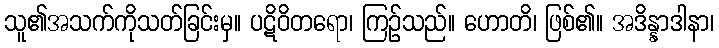
သူ၏အသက်ကိုသတ်ခြင်းမှ။ ပဋိဝိတရော၊ ကြဉ်သည်။ ဟောတိ၊ ဖြစ်၏။ အဒိန္နာဒါနာ၊